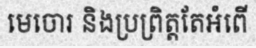
មេចោរ និងប្រព្រិត្តតែអំពើ